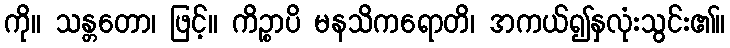
ကို။ သန္တတော၊ ဖြင့်။ ကိဉ္စာပိ မနသိကရောတိ၊ အကယ်၍နှလုံးသွင်း၏။